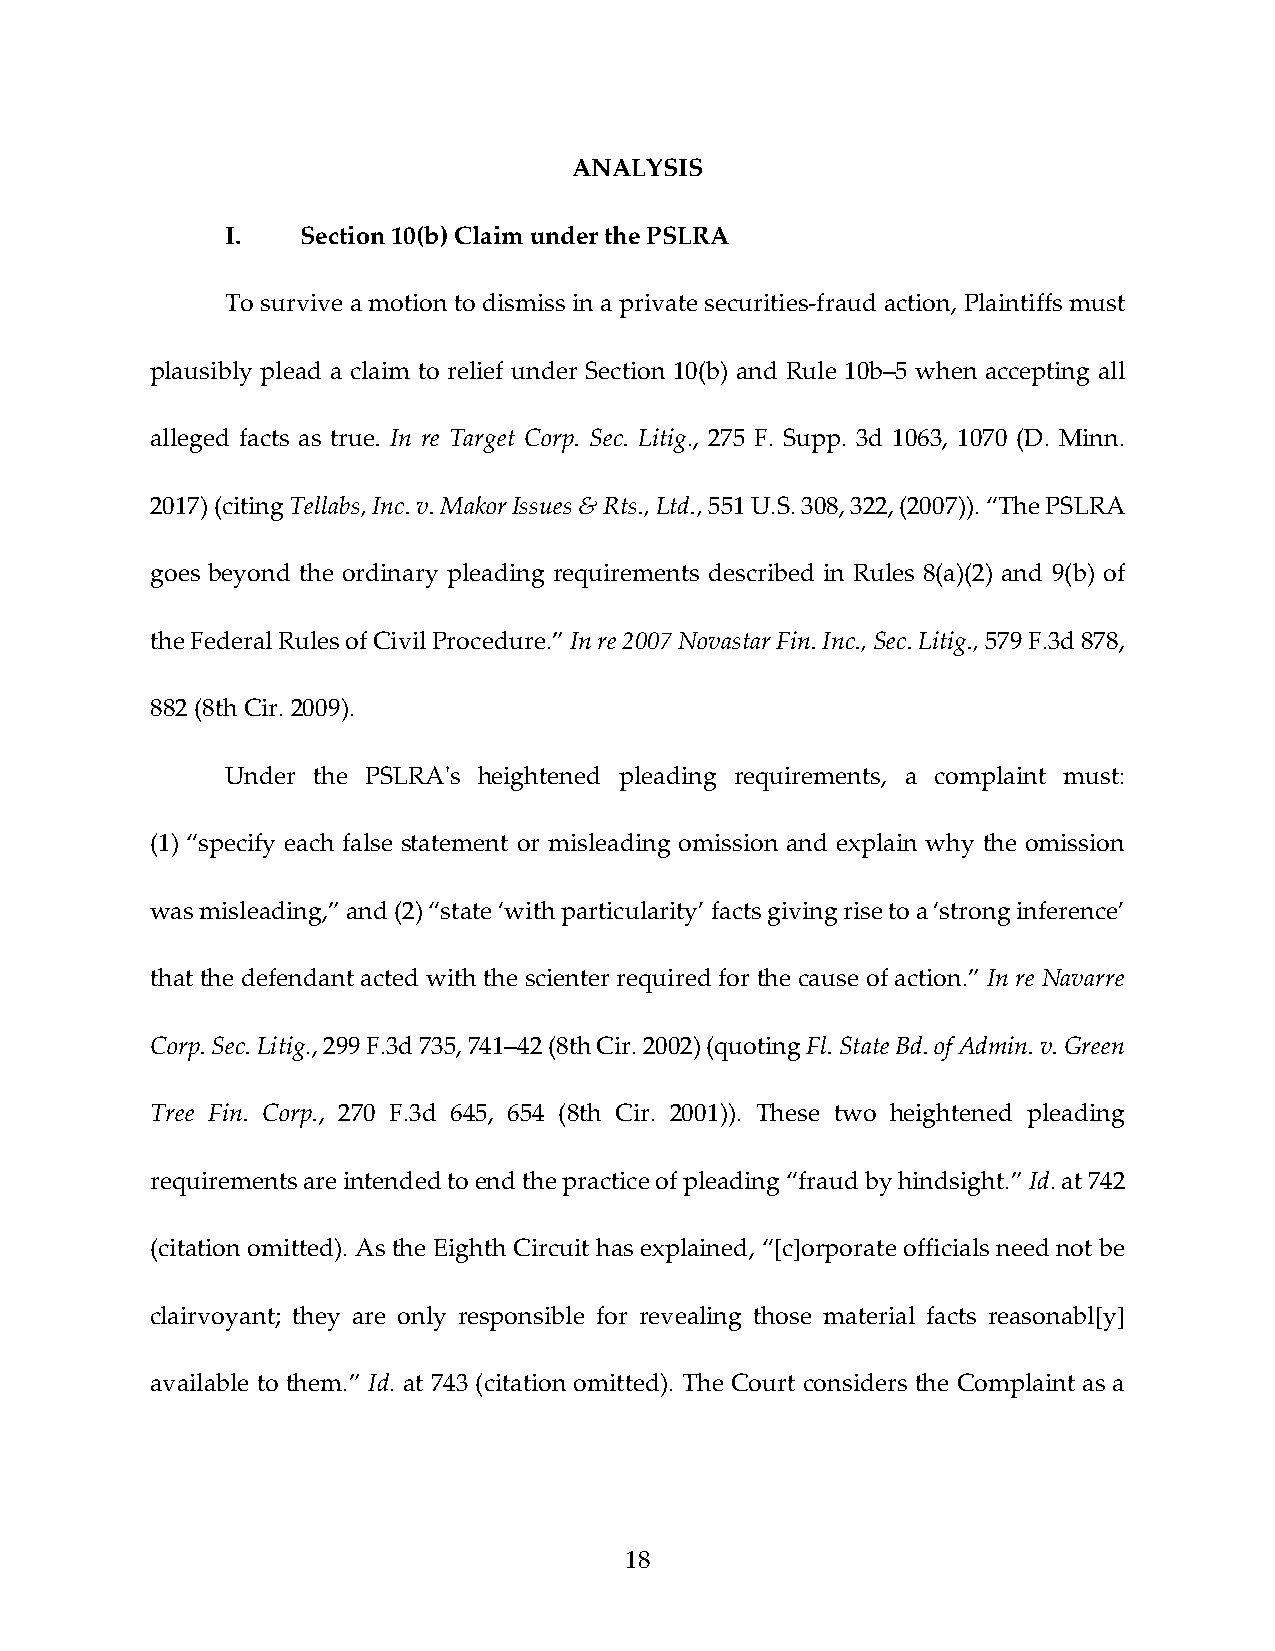
ANALYSIS
 I.   Section 10(b) Claim under the PSLRA
 To survive a motion to dismiss in a private securities‐fraud action, Plaintiffs must
 plausibly plead a claim to relief under Section 10(b) and Rule 10b–5 when accepting all
 alleged facts as true. In re Target Corp. Sec. Litig., 275 F. Supp. 3d 1063, 1070 (D. Minn.
 2017) (citing Tellabs, Inc. v. Makor Issues & Rts., Ltd., 551 U.S. 308, 322, (2007)). “The PSLRA
 goes beyond the ordinary pleading requirements described in Rules 8(a)(2) and 9(b) of
 the Federal Rules of Civil Procedure.” In re 2007 Novastar Fin. Inc., Sec. Litig., 579 F.3d 878,
 882 (8th Cir. 2009).
 Under the PSLRAʹs heightened pleading requirements, a complaint must:
 (1) “specify each false statement or misleading omission and explain why the omission
 was misleading,” and (2) “state ‘with particularity’ facts giving rise to a ‘strong inference’
 that the defendant acted with the scienter required for the cause of action.” In re Navarre
 Corp. Sec. Litig., 299 F.3d 735, 741–42 (8th Cir. 2002) (quoting Fl. State Bd. of Admin. v. Green
 Tree Fin. Corp., 270 F.3d 645, 654 (8th Cir. 2001)). These two heightened pleading
 requirements are intended to end the practice of pleading “fraud by hindsight.” Id. at 742
 (citation omitted). As the Eighth Circuit has explained, “[c]orporate officials need not be
 clairvoyant; they are only responsible for revealing those material facts reasonabl[y]
 available to them.” Id. at 743 (citation omitted). The Court considers the Complaint as a
 18